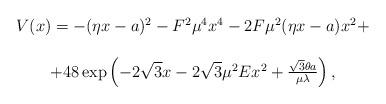
LaTeX: \begin{align*}\begin{array}{c}V(x)=-(\eta x-a)^2-F^2\mu^4x^4-2 F \mu^2 (\eta x-a)x^2+\\\\+48 \exp \left(-2 \sqrt{3} x-2 \sqrt{3} \mu^2Ex^2+ \frac{\sqrt{3} \theta a}{\mu \lambda} \right),\end{array}\end{align*}